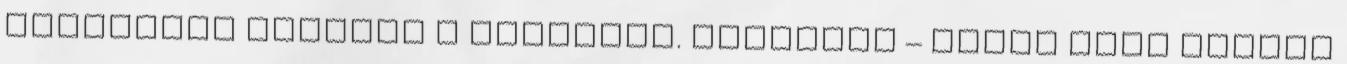
színházas jelenet a regénybe. Ráadásul – ahogy arra Claire